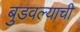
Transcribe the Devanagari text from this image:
बुडवल्याची